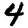
Digit: 4